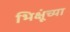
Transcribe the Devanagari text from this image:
भिक्षूंच्या